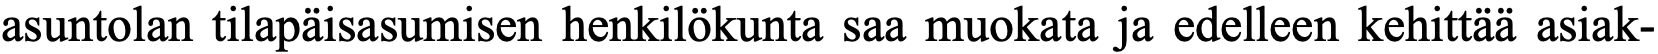
asuntolan tilapäisasumisen henkilökunta saa muokata ja edelleen kehittää asiak-